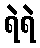
ရဲရဲ